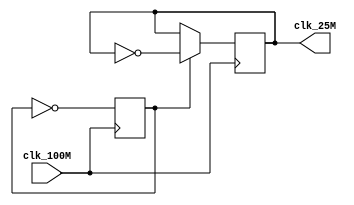
`timescale 1ns / 1ps

module clock_100to25(
    input clk_100M,
    output reg clk_25M = 0
    );
	reg count_bit = 0;
	always @(posedge clk_100M)
	begin
		count_bit = ~ count_bit;
		if (~count_bit)
			clk_25M = ~clk_25M;
	end
	
endmodule